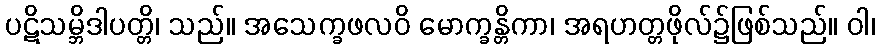
ပဋိသမ္ဘိဒါပတ္တိ၊ သည်။ အသေက္ခဖလဝိ မောက္ခန္တိကာ၊ အရဟတ္တဖိုလ်၌ဖြစ်သည်။ ဝါ၊